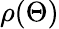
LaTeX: \rho(\Theta)